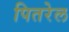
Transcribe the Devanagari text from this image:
पितरेल